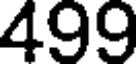
499